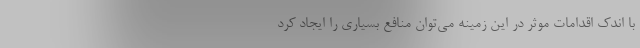
با اندک اقدامات موثر در این زمینه می­توان منافع بسیاری را ایجاد کرد